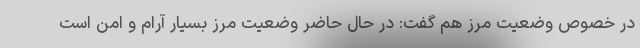
در خصوص وضعیت مرز هم گفت: در حال حاضر وضعیت مرز بسیار آرام و امن است